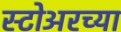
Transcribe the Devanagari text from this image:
स्टोअरच्या